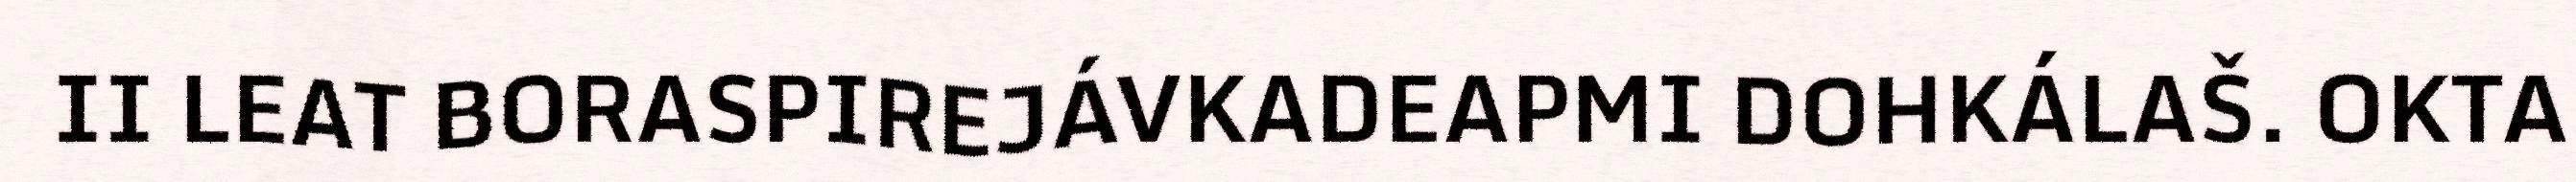
II LEAT BORASPIREJÁVKADEAPMI DOHKÁLAŠ. OKTA